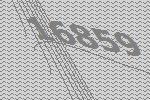
16859